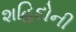
શહિદોની